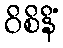
ဝိစိနိံ